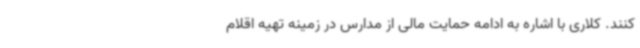
کنند. کلاری با اشاره به ادامه حمایت مالی از مدارس در زمینه تهیه اقلام